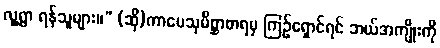
လူ့ရွာ ရန်သူများ။” (ဆို)ကာမေသုမိစ္ဆာစာရမှ ကြဉ်ရှောင်ရင် ဘယ်အကျိုးကို